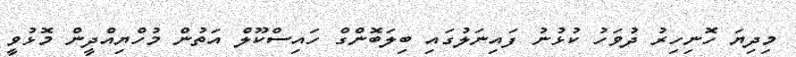
މިދިޔަ ހޮނިހިރު ދުވަހު ކުޅުނު ފައިނަލުގައި ބިލަބޮންގް ހައިސްކޫލް އަތުން މުހްޔިއްދީން މޮޅުވީ